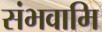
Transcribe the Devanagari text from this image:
संभवामि